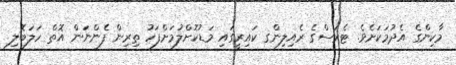
މާކިންގެ އެދުމަކަށެވެ. ޓެރަސްގެ ރެއިލިންގ ކައިރީގައި މަޑުކޮށްލުމަށްފަހު ތިރިން ފެންނަން އޮތް ހަލަބޮލި